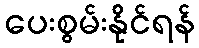
ပေးစွမ်းနိုင်ရန်